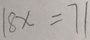
1 8 x = 7 1